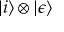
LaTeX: | i \rangle \otimes | \epsilon \rangle